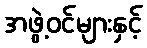
အဖွဲ့ဝင်များနှင့်